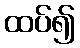
ထပ်၍